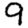
Digit: 9